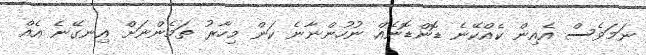
ނަމަވެސް އެއިން ކެއްކޭނެ ޑޮންޑޮނެއް ނުހުންނާނެ ކަން މިހާރު ތަމެންނަށް އިނގޭނެ އެއް